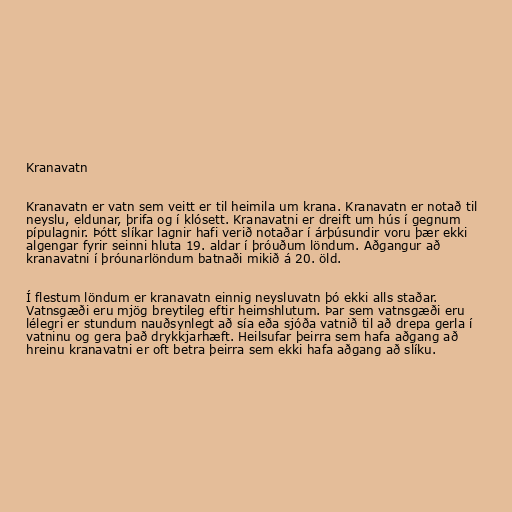
Kranavatn

Kranavatn er vatn sem veitt er til heimila um krana. Kranavatn er notað til
neyslu, eldunar, þrifa og í klósett. Kranavatni er dreift um hús í gegnum
pípulagnir. Þótt slíkar lagnir hafi verið notaðar í árþúsundir voru þær ekki
algengar fyrir seinni hluta 19. aldar í þróuðum löndum. Aðgangur að
kranavatni í þróunarlöndum batnaði mikið á 20. öld.

Í flestum löndum er kranavatn einnig neysluvatn þó ekki alls staðar.
Vatnsgæði eru mjög breytileg eftir heimshlutum. Þar sem vatnsgæði eru
lélegri er stundum nauðsynlegt að sía eða sjóða vatnið til að drepa gerla í
vatninu og gera það drykkjarhæft. Heilsufar þeirra sem hafa aðgang að
hreinu kranavatni er oft betra þeirra sem ekki hafa aðgang að slíku.